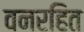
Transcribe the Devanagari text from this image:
वनरहित